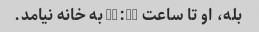
بله، او تا ساعت 12:00 به خانه نیامد.